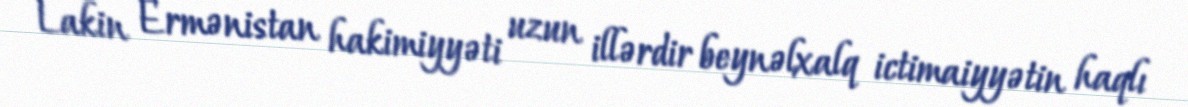
Lakin Ermənistan hakimiyyəti uzun illərdir beynəlxalq ictimaiyyətin haqlı